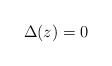
LaTeX: \begin{align*} \Delta(z)=0\end{align*}